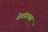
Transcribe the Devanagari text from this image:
शेवंडाच्या